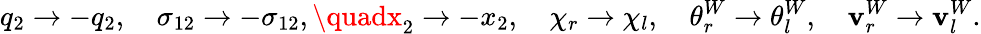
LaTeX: q_{2}\rightarrow-q_{2},\quad\sigma_{12}\rightarrow-\sigma_{12},\quadx_{2}\rightarrow-x_{2},\quad\chi_{r}\rightarrow\chi_{l},\quad\theta_{r}^{W}\rightarrow\theta_{l}^{W},\quad\mathbf{v}_{r}^{W}\rightarrow\mathbf{v}_{l}^{W}.